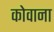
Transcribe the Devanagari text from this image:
कोवाना